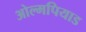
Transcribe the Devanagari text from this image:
ओल्मपियाड